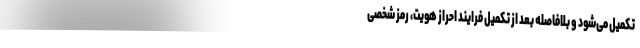
تکمیل می‌شود و بلافاصله بعد از تکمیل فرایند احراز هویت، رمز شخصی